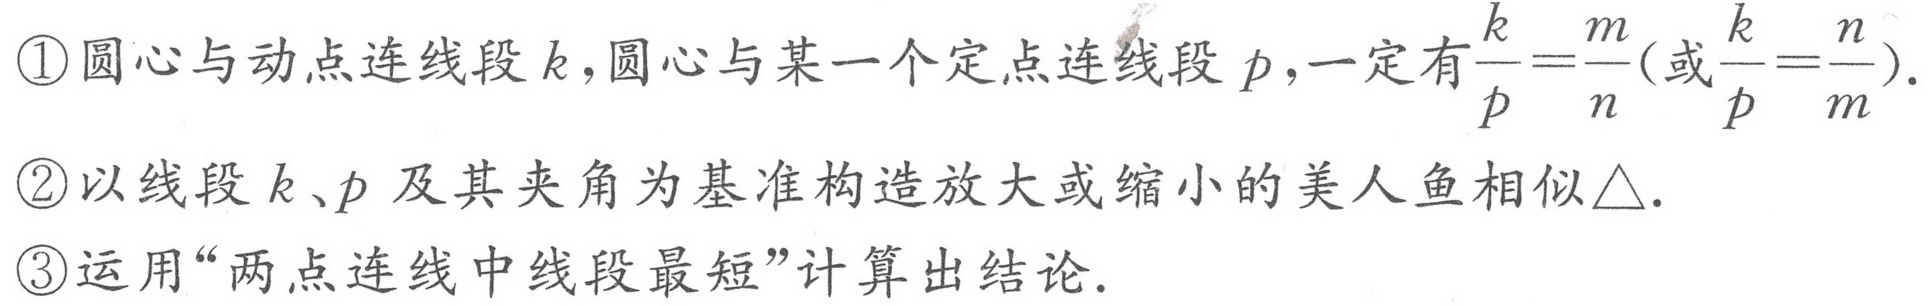
\textcircled{1}圆心与动点连线段\(k\)，圆心与某一个定点连线段\(p\)，一定有\(\frac{k}{p}=\frac{m}{n}\)(或\(\frac{k}{p}=\frac{n}{m}\)).
\textcircled{2}以线段\(k、p\)及其夹角为基准构造放大或缩小的美人鱼相似\(\triangle\).
\textcircled{3}运用“两点连线中线段最短”计算出结论.